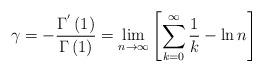
LaTeX: \begin{align*} \gamma=-\frac{\Gamma^{'}\left(1\right)}{\Gamma\left(1\right)}=\lim_{n\rightarrow\infty}\left[\sum_{k=0}^{\infty}\frac{1}{k}-\ln n\right]\end{align*}